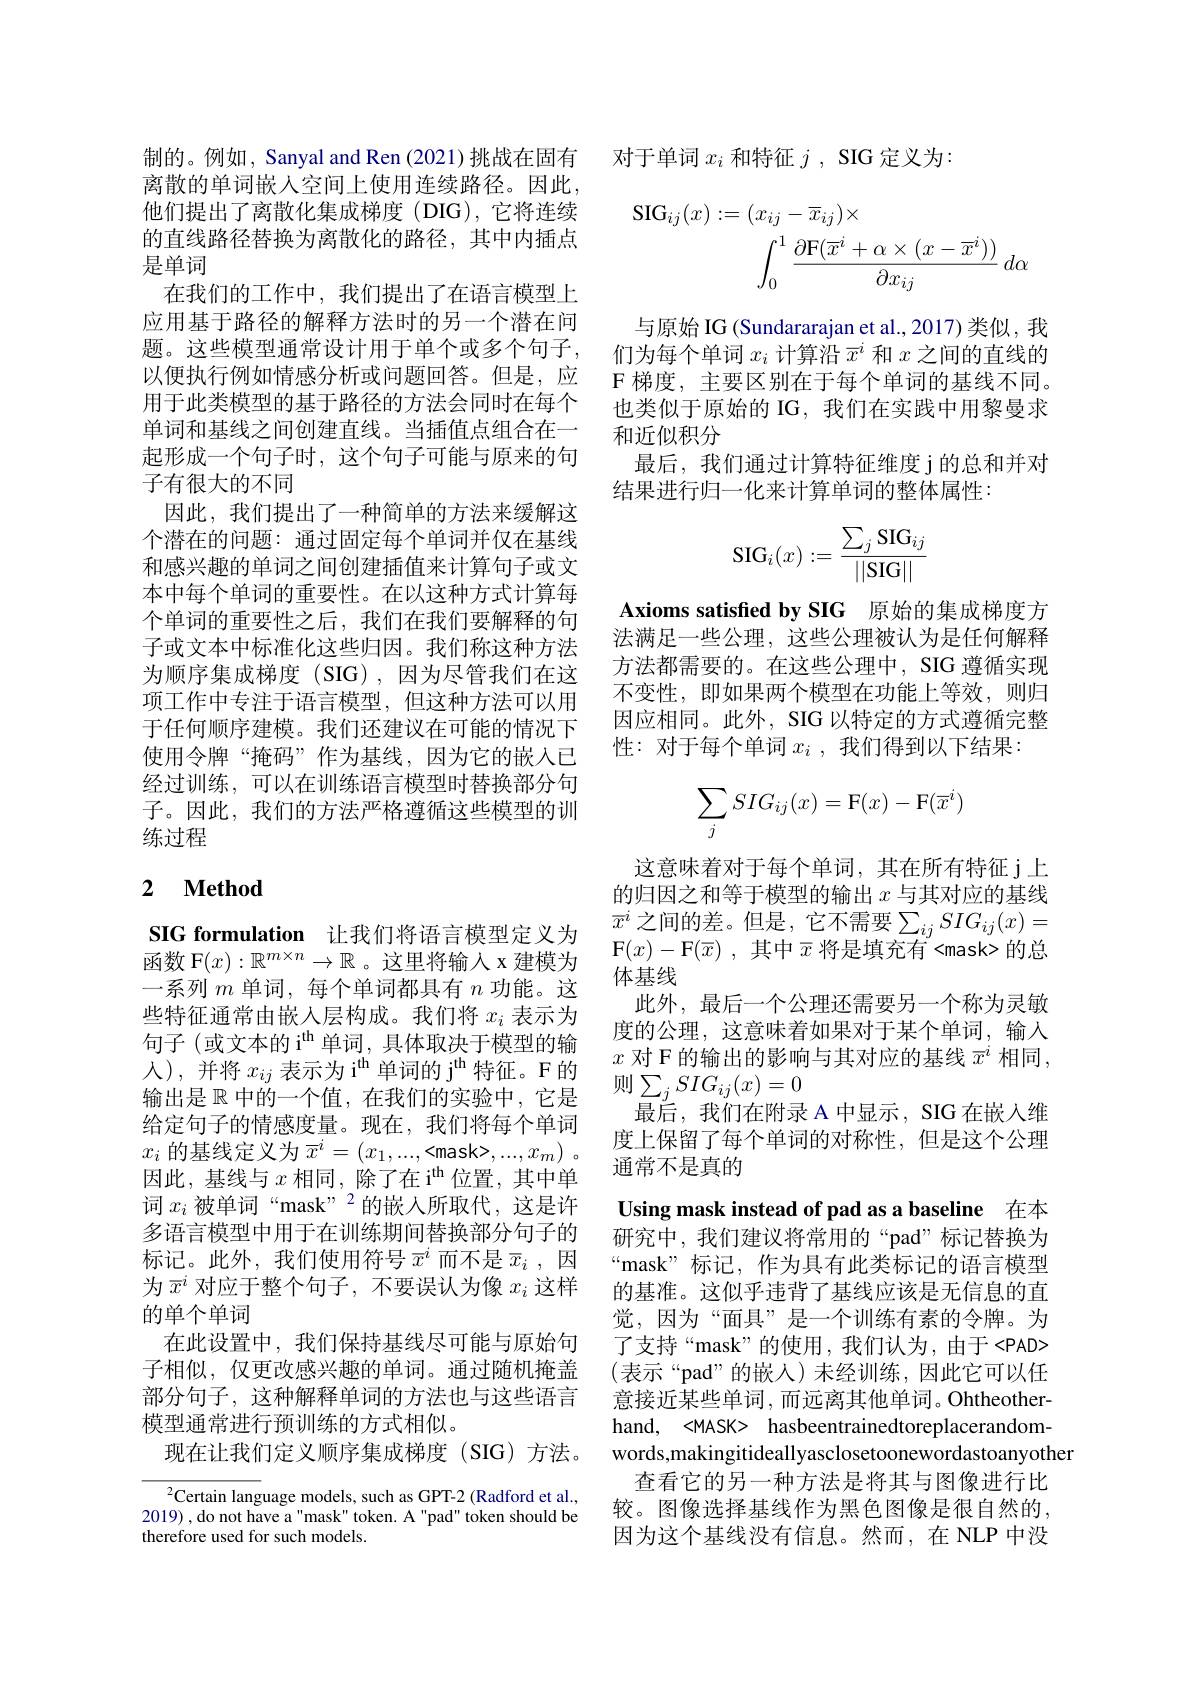
制的。例如，Sanyal and Ren (2021)挑战在固有离散的单词嵌人空间上使用连续路径。因此， 他们提出了离散化集成梯度(DIG),它将连续的直线路径替换为离散化的路径，其中内插点是单词
在我们的工作中，我们提出了在语言模型上应用基于路径的解释方法时的另一个潜在问题。这些模型通常设计用于单个或多个句子， 以便执行例如情感分析或问题回答。但是，应用于此类模型的基于路径的方法会同时在每个单词和基线之间创建直线。当插值点组合在一起形成一个句子时，这个句子可能与原来的句子有很大的不同
因此，我们提出了一种简单的方法来缓解这个潜在的问题：通过固定每个单词并仅在基线和感兴趣的单词之间创建插值来计算句子或文本中每个单词的重要性。在以这种方式计算每个单词的重要性之后，我们在我们要解释的句子或文本中标准化这些归因。我们称这种方法为顺序集成梯度(SIG),因为尽管我们在这项工作中专注于语言模型，但这种方法可以用于任何顺序建模。我们还建议在可能的情况下使用令牌“掩码”作为基线，因为它的嵌入已经过训练，可以在训练语言模型时替换部分句子。因此，我们的方法严格遵循这些模型的训练过程

## 2 $\textbf{Method}$

SIG formulation 让我们将语言模型定义为函数 F$(x):\mathbb{R}^{m\times n}\to\mathbb{R}$ 。这里将输入 x 建模为一系列$m$单词，每个单词都具有$n$功能。这些特征通常由嵌人层构成。我们将$x_i$表示为句子(或文本的 i$^{\mathrm{th}}$单词，具体取决于模型的输人),并将$x_ij\text{ 表示为 i}^\mathrm{th}$单词的 j$^\mathrm{th}$特征。F的输出是$\mathbb{R}$中的一个值，在我们的实验中，它是给定句子的情感度量。现在，我们将每个单词$x_i$ 的基线定义为$\overline x^i=(x_1,...,<$mask>$, . . . , x_m)$ . 因此，基线与$x$ 相 同 ,除了在 i$^\mathrm{th}$位置，其中单词$x_i$被单词“mask”” 2的嵌入所取代，这是许多语言模型中用于在训练期间替换部分句子的标记。此外，我们使用符号$\bar{x}^i$而不是$\bar{x}_i$,因为$\overline{x}^i$对应于整个句子，不要误认为像$x_i$这样的单个单词
在此设置中，我们保持基线尽可能与原始句子相似，仅更改感兴趣的单词。通过随机掩盖部分句子，这种解释单词的方法也与这些语言模型通常进行预训练的方式相似。
现在让我们定义顺序集成梯度(SIG)方法。

$^{2}$Certain language models, such as GPT-2 (Radford et al., 2019) , do not have a "mask" token. A "pad" token should be therefore used for such models.

对于单词$x_i$和特征$j$, SIG 定义为：
$$\mathrm{SIG}_{ij}(x):=(x_{ij}-\overline{x}_{ij})\times\\\int_{0}^{1}\frac{\partial\mathrm{F}(\overline{x}^{i}+\alpha\times(x-\overline{x}^{i}))}{\partial x_{ij}}\:d\alpha $$
与原始 IG (Sundararajan et al., 2017) 类似，我们为每个单词$x_i$计算沿$\overline{x}^i$和$x$之间的直线的F 梯度，主要区别在于每个单词的基线不同。也类似于原始的 IG, 我们在实践中用黎曼求和近似积分
最后，我们通过计算特征维度 j 的总和并对
结果进行归一化来计算单词的整体属性：
$$\mathrm{SIG}_i(x):=\frac{\sum_j\mathrm{SIG}_{ij}}{||\mathrm{SIG}||}$$
Axioms satisfied by SIG 原始的集成梯度方法满足一些公理，这些公理被认为是任何解释方法都需要的。在这些公理中，SIG 遵循实现不变性，即如果两个模型在功能上等效，则归因应相同。此外，SIG 以特定的方式遵循完整性：对于每个单词$x_i$,我们得到以下结果：
$$\sum_jSIG_{ij}(x)=\mathrm{F}(x)-\mathrm{F}(\overline{x}^i)$$
这意味着对于每个单词，其在所有特征 j 上的归因之和等于模型的输出$x$与其对应的基线$\overline{x}^i$ 之间的差。但是，它不需要$\sum_ijSIG_ij(x)=$ F$(x)-$F$( \overline {x})$ ,其中$\overline x$将是填充有 <mask> 的总体基线
此外，最后一个公理还需要另一个称为灵敏度的公理，这意味着如果对于某个单词，输人$x$对 F 的输出的影响与其对应的基线$\overline x^i$相同， 则$\sum_jSIG_{ij}(x)=0$
最后，我们在附录 A 中显示，SIG 在嵌入维度上保留了每个单词的对称性，但是这个公理通常不是真的

Using mask instead of pad as a baseline 在本

研究中，我们建议将常用的“pad”标记替换为“mask”标记，作为具有此类标记的语言模型的基准。这似乎违背了基线应该是无信息的直觉，因为“面具”是一个训练有素的令牌。为了支持“mask”的使用，我们认为，由于<PAD> (表示“pad”的嵌人)未经训练，因此它可以任意接近某些单词，而远离其他单词。Ohtheotherhand, <MASK> hasbeentrainedtoreplacerandomwords,makingitideallyasclosetoonewordastoanyother
查看它的另一种方法是将其与图像进行比较。图像选择基线作为黑色图像是很自然的， 因为这个基线没有信息。然而，在 NLP 中没